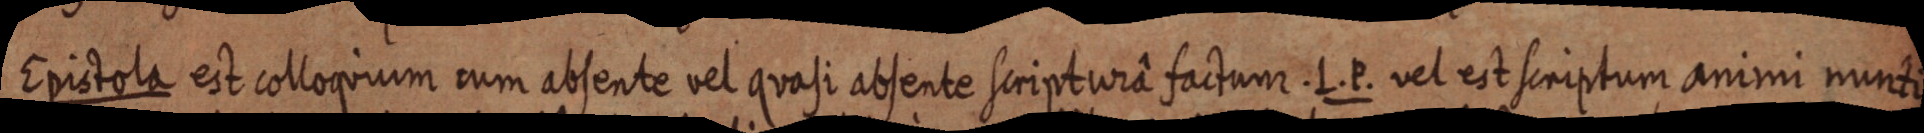
Epistola est colloquium cum absente vel quasi absente scripturâ factum L. P. vel est scriptum animi nunti